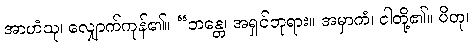
အာဟံသု၊ လျှောက်ကုန်၏။ “ဘန္တေ၊ အရှင်ဘုရား။ အမှာကံ၊ ငါတို့၏။ ပိတု၊